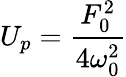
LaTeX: U_{p}=\frac{F_{0}^{2}}{4\omega_{0}^{2}}